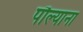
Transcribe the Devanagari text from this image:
पौल्याना